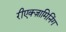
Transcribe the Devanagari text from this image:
रीएक्ज़ामिनिंग